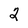
Character: 2